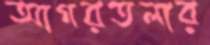
আগরতলার